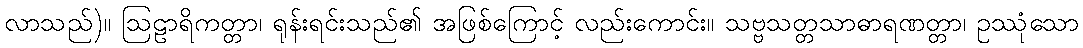
လာသည်)။ ဩဠာရိကတ္တာ၊ ရုန်းရင်းသည်၏ အဖြစ်ကြောင့် လည်းကောင်း။ သဗ္ဗသတ္တသာဓာရဏတ္တာ၊ ဥဿုံသော